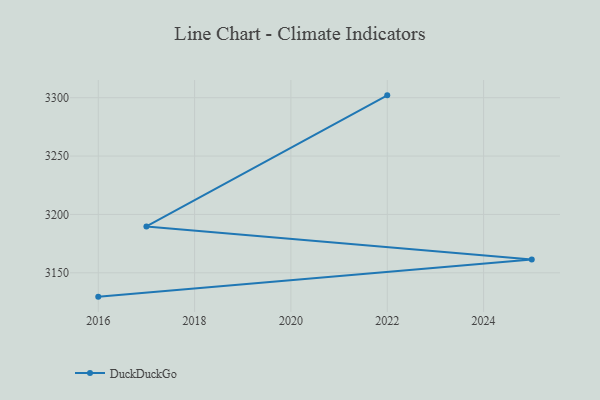
{"axis": {"x": "Year", "y": "Demand Index"}, "legend": ["DuckDuckGo"], "data": [{"x": "2016", "y": 3129.6, "type": "DuckDuckGo"}, {"x": "2025", "y": 3161.4, "type": "DuckDuckGo"}, {"x": "2017", "y": 3189.7, "type": "DuckDuckGo"}, {"x": "2022", "y": 3302.0, "type": "DuckDuckGo"}]}